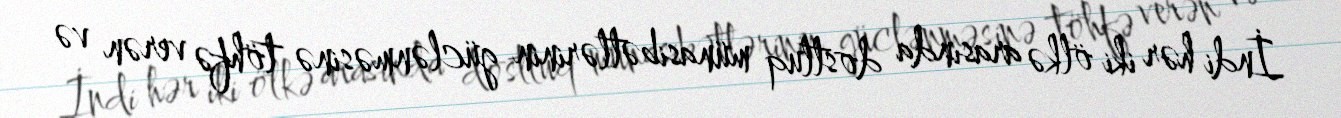
İndi hər iki ölkə arasında dostluq münasibətlərinin güclənməsinə töhfə verən və